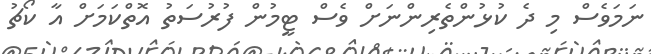
ނަމަވެސް މި ދެ ކުޅުންތެރިންނަށް ވެސް ޓީމުން ފުރުސަތު އޮތްކަމަށް އާ ކޯޗު